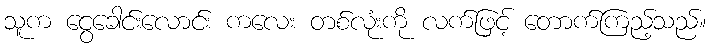
သူက ငွေခေါင်းလောင်း ကလေး တစ်လုံးကို လက်ဖြင့် တောက်ကြည့်သည်။